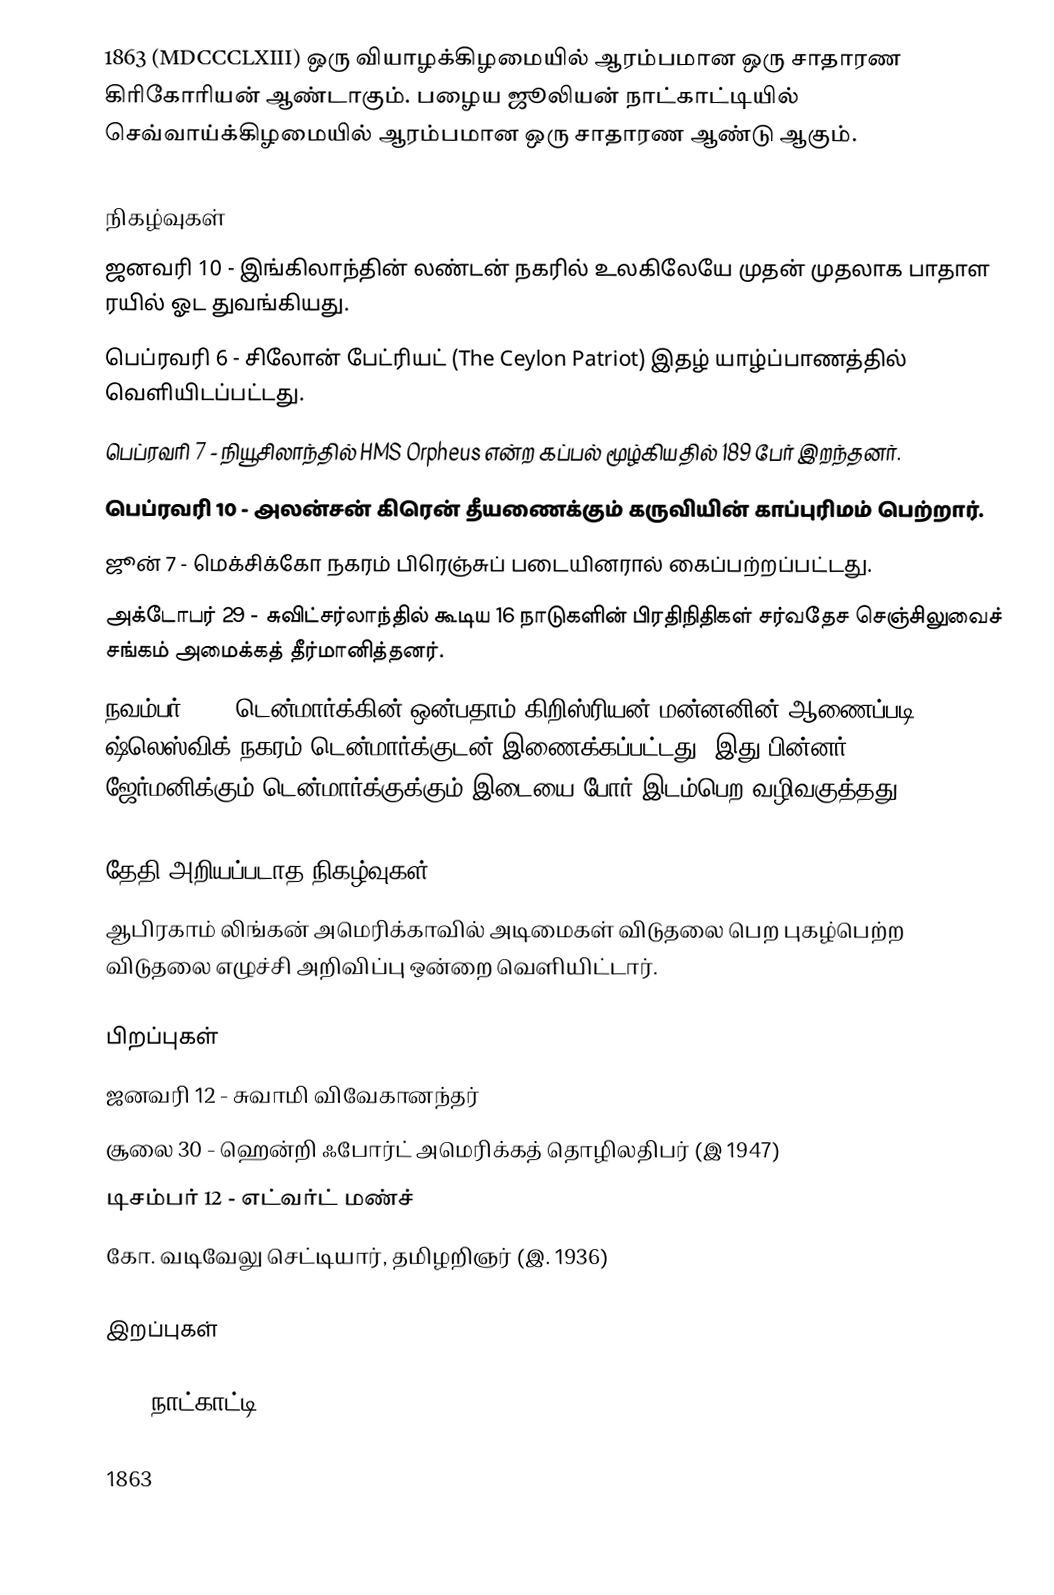
1863  (MDCCCLXIII) ஒரு வியாழக்கிழமையில் ஆரம்பமான ஒரு சாதாரண கிரிகோரியன் ஆண்டாகும். பழைய ஜூலியன் நாட்காட்டியில் செவ்வாய்க்கிழமையில் ஆரம்பமான ஒரு சாதாரண ஆண்டு ஆகும்.

நிகழ்வுகள்
 ஜனவரி 10 - இங்கிலாந்தின் லண்டன் நகரில் உலகிலேயே முதன் முதலாக பாதாள ரயில் ஓட துவங்கியது.
 பெப்ரவரி 6 - சிலோன் பேட்ரியட் (The Ceylon Patriot) இதழ் யாழ்ப்பாணத்தில் வெளியிடப்பட்டது.
 பெப்ரவரி 7 - நியூசிலாந்தில் HMS Orpheus என்ற கப்பல் மூழ்கியதில் 189 பேர் இறந்தனர்.
 பெப்ரவரி 10 - அலன்சன் கிரென் தீயணைக்கும் கருவியின் காப்புரிமம் பெற்றார்.
 ஜூன் 7 - மெக்சிக்கோ நகரம் பிரெஞ்சுப் படையினரால் கைப்பற்றப்பட்டது.
 அக்டோபர் 29 - சுவிட்சர்லாந்தில் கூடிய 16 நாடுகளின் பிரதிநிதிகள் சர்வதேச செஞ்சிலுவைச் சங்கம் அமைக்கத் தீர்மானித்தனர்.
 நவம்பர் 18 - டென்மார்க்கின் ஒன்பதாம் கிறிஸ்ரியன் மன்னனின் ஆணைப்படி ஷ்லெஸ்விக் நகரம் டென்மார்க்குடன் இணைக்கப்பட்டது. இது பின்னர் ஜேர்மனிக்கும் டென்மார்க்குக்கும் இடையை போர் இடம்பெற வழிவகுத்தது.

தேதி அறியப்படாத நிகழ்வுகள்
 ஆபிரகாம் லிங்கன் அமெரிக்காவில் அடிமைகள் விடுதலை பெற புகழ்பெற்ற விடுதலை எழுச்சி அறிவிப்பு ஒன்றை வெளியிட்டார்.

பிறப்புகள்
 ஜனவரி 12 - சுவாமி விவேகானந்தர்
 சூலை 30 - ஹென்றி ஃபோர்ட் அமெரிக்கத் தொழிலதிபர் (இ 1947)
 டிசம்பர் 12 - எட்வர்ட் மண்ச்
 கோ. வடிவேலு செட்டியார், தமிழறிஞர் (இ. 1936)

இறப்புகள்

1863 நாட்காட்டி

1863